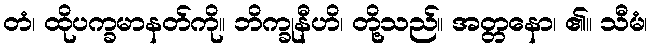
တံ၊ ထိုပက္ခမာနတ်ကို။ ဘိက္ခုနီဟိ၊ တို့သည်။ အတ္တနော၊ ၏။ သီမံ၊